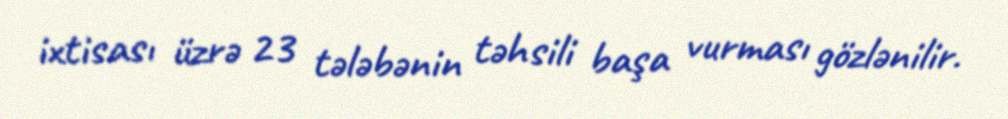
ixtisası üzrə 23 tələbənin təhsili başa vurması gözlənilir.